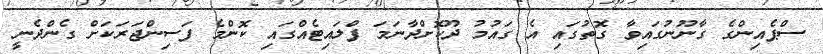
ސްޕެއިންގެ ގާނޫނުގައިވާ ގޮތުގައި އެ ގައުމު ދޫކޮށްދާނަމަ ފްލައިޓެއްގައި ކޮންމެ ފަސިންޖަރަކަށް ގެންދެނީ